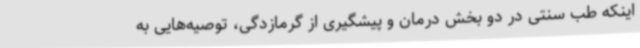
اینکه طب سنتی در دو بخش درمان و پیشگیری از گرمازدگی، توصیه‌هایی به